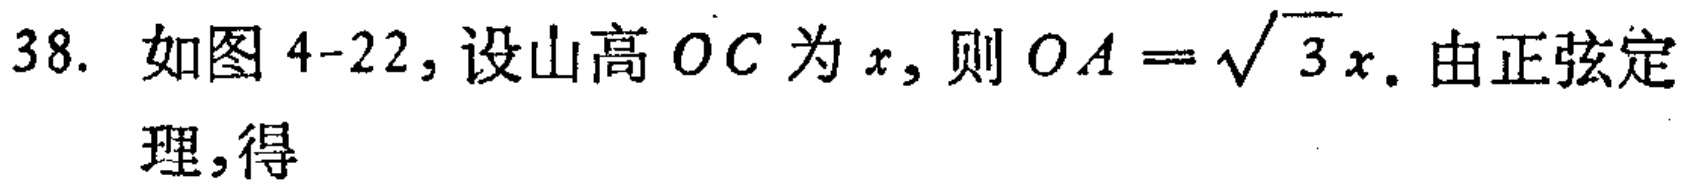
38. 如图4-22, 设山高 \(OC\) 为 \(x\), 则 \(OA = \sqrt{3}x\). 由正弦定理,得